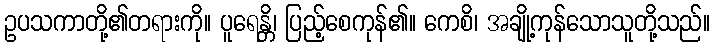
ဥပသကာတို့၏တရားကို။ ပူရေန္တိ၊ ပြည့်စေကုန်၏။ ကေစိ၊ အချို့ကုန်သောသူတို့သည်။